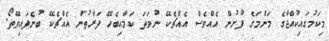
މިކަމުގައިކުއްޖާގެ މަންމަގެ ފުށުން އެއްވެސް އެއްޗެކޭ ނުވަތަ ކަމާއިބެހޭ ފަރާތުން އެއްޗެކޭ ބުނެފައިވޭތޯ.